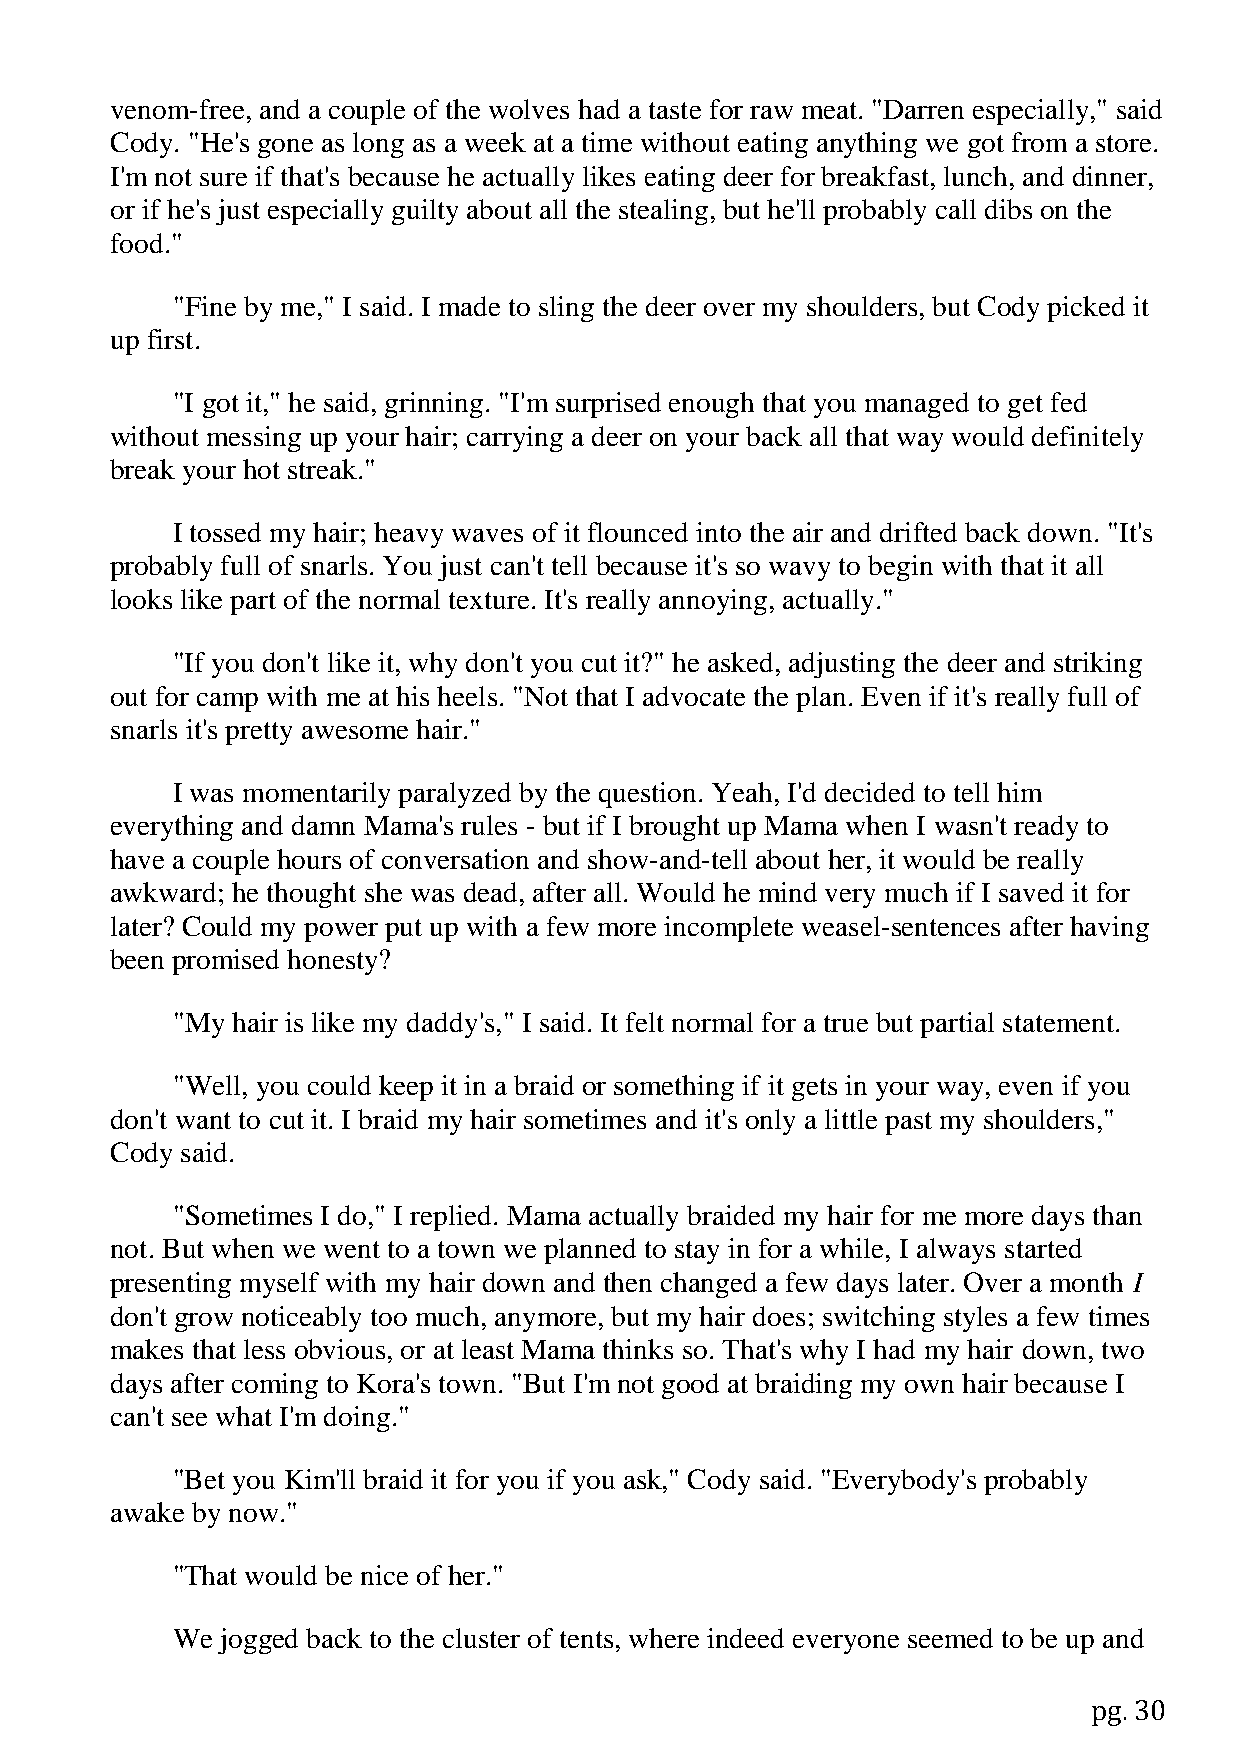
venom-free, and a couple of the wolves had a taste for raw meat. "Darren especially," said
 Cody. "He's gone as long as a week at a time without eating anything we got from a store.
 I'm not sure if that's because he actually likes eating deer for breakfast, lunch, and dinner,
 or if he's just especially guilty about all the stealing, but he'll probably call dibs on the
 food."
 "Fine by me," I said. I made to sling the deer over my shoulders, but Cody picked it
 up first.
 "I got it," he said, grinning. "I'm surprised enough that you managed to get fed
 without messing up your hair; carrying a deer on your back all that way would definitely
 break your hot streak."
 I tossed my hair; heavy waves of it flounced into the air and drifted back down. "It's
 probably full of snarls. You just can't tell because it's so wavy to begin with that it all
 looks like part of the normal texture. It's really annoying, actually."
 "If you don't like it, why don't you cut it?" he asked, adjusting the deer and striking
 out for camp with me at his heels. "Not that I advocate the plan. Even if it's really full of
 snarls it's pretty awesome hair."
 I was momentarily paralyzed by the question. Yeah, I'd decided to tell him
 everything and damn Mama's rules - but if I brought up Mama when I wasn't ready to
 have a couple hours of conversation and show-and-tell about her, it would be really
 awkward; he thought she was dead, after all. Would he mind very much if I saved it for
 later? Could my power put up with a few more incomplete weasel-sentences after having
 been promised honesty?
 "My hair is like my daddy's," I said. It felt normal for a true but partial statement.
 "Well, you could keep it in a braid or something if it gets in your way, even if you
 don't want to cut it. I braid my hair sometimes and it's only a little past my shoulders,"
 Cody said.
 "Sometimes I do," I replied. Mama actually braided my hair for me more days than
 not. But when we went to a town we planned to stay in for a while, I always started
 presenting myself with my hair down and then changed a few days later. Over a month I
 don't grow noticeably too much, anymore, but my hair does; switching styles a few times
 makes that less obvious, or at least Mama thinks so. That's why I had my hair down, two
 days after coming to Kora's town. "But I'm not good at braiding my own hair because I
 can't see what I'm doing."
 "Bet you Kim'll braid it for you if you ask," Cody said. "Everybody's probably
 awake by now."
 "That would be nice of her."
 We  jogged back to the cluster of tents, where indeed everyone seemed to be up and
 pg. 30